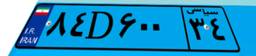
۶۹D۷۸۱۹۸